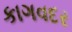
કાગવદર